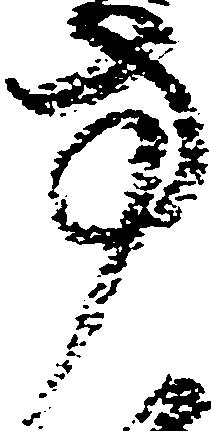
方